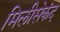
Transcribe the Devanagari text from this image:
मिलीसेकंद